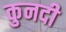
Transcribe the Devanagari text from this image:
कुनदी